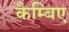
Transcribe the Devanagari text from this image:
कैम्बिए